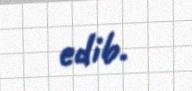
edib.